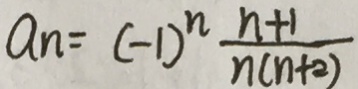
a _ { n } = ( - 1 ) ^ { n } \frac { n + 1 } { n ( n + 2 ) }